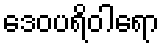
ဒေဝပရိဝါရော